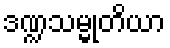
ဒဏ္ဍသမ္မုတိယာ